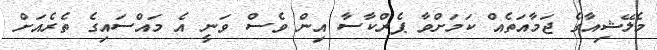
މެލޭޝިއާގެ ޖަމާއަތެއް ކަމަށްވާ ޕެރްކާސާ އިން ވެސް ވަނީ އެ މައްސައިގެ ތެރެއަށް